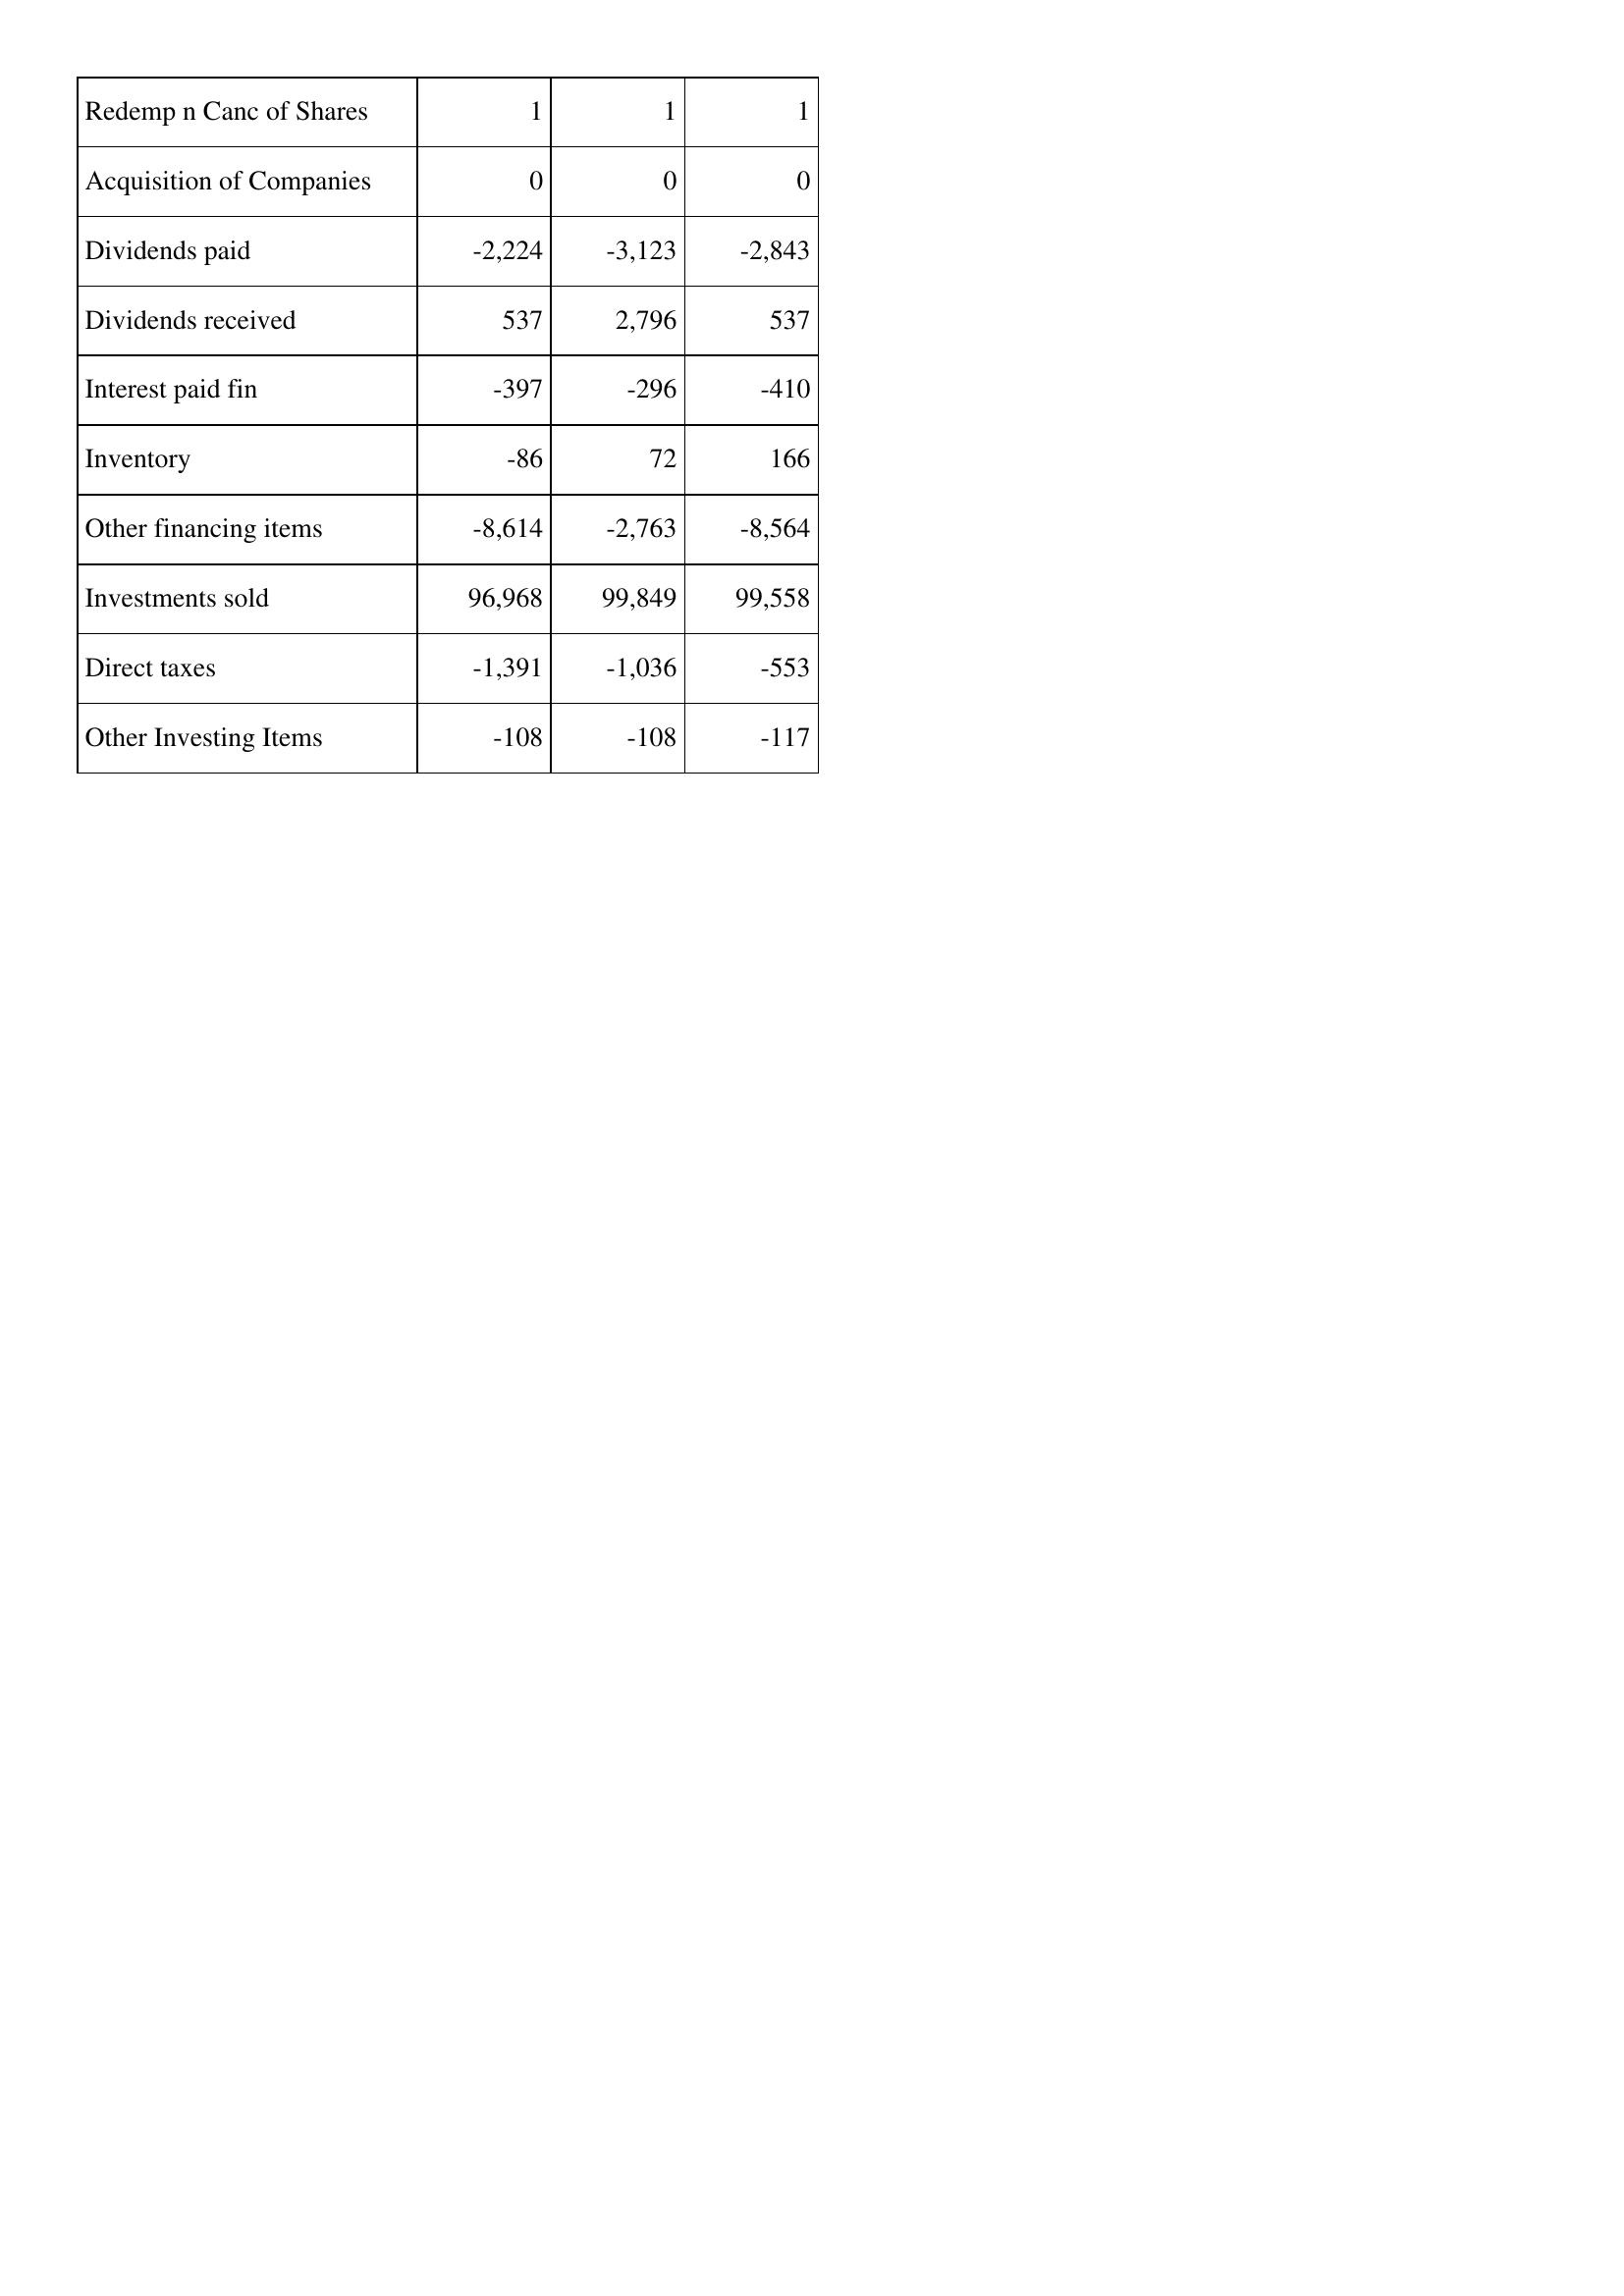
Aug-08: Cash Flows: Redemp n Canc of Shares: 1
Acquisition of Companies: 0
Dividends paid: -2,224
Dividends received: 537
Interest paid fin: -397
Inventory: -86
Other financing items: -8,614
Investments sold: 96,968
Direct taxes: -1,391
Other Investing Items: -108
Aug-09: Cash Flows: Redemp n Canc of Shares: 1
Acquisition of Companies: 0
Dividends paid: -3,123
Dividends received: 2,796
Interest paid fin: -296
Inventory: 72
Other financing items: -2,763
Investments sold: 99,849
Direct taxes: -1,036
Other Investing Items: -108
Aug-10: Cash Flows: Redemp n Canc of Shares: 1
Acquisition of Companies: 0
Dividends paid: -2,843
Dividends received: 537
Interest paid fin: -410
Inventory: 166
Other financing items: -8,564
Investments sold: 99,558
Direct taxes: -553
Other Investing Items: -117